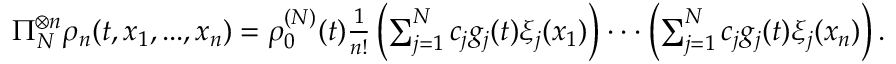
\begin{array} { r } { \Pi _ { N } ^ { \otimes n } \rho _ { n } ( t , x _ { 1 } , . . . , x _ { n } ) = \rho _ { 0 } ^ { ( N ) } ( t ) \frac { 1 } { n ! } \left( \sum _ { j = 1 } ^ { N } c _ { j } g _ { j } ( t ) \xi _ { j } ( x _ { 1 } ) \right) \cdot \cdot \cdot \left( \sum _ { j = 1 } ^ { N } c _ { j } g _ { j } ( t ) \xi _ { j } ( x _ { n } ) \right) . } \end{array}